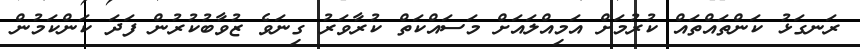
ރަނގަޅު ކަންތައްތައް ކުރުމަށް އަމިއްްލައަށް މަސައްކަތް ކުރާވަރު ގިނަވެ ޒުވާބުކުރުން ފަދަ ކަންކަމުން